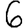
Digit: 6